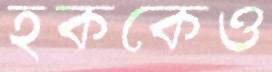
হককেও